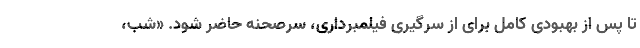
تا پس از بهبودی کامل برای از سرگیری فیلمبرداری، سرصحنه حاضر شود. «شب،